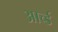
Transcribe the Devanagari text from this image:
आर्च्ड